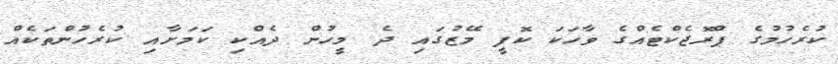
ކުރެހުމުގެ ޕްރޮޖެކްޓެއްގެ ވާހަކަ ކޮފީ މޭޒުގައި ދެ މީހުން ދެއްކި ކަމަށާއި ކުރެހުންތަކެއް